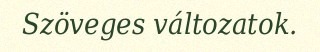
Szöveges változatok.